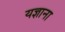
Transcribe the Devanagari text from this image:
यज्ञाना